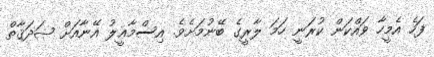
ފަހެ އެމީހާ ވައްކަން ކުރަނީ ހަމަ ލާރީގެ ބޭނުމަށެވެ. އިސްމާޢީލު އޭނާއަށް ޞަދަޤާތް